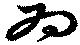
為